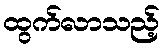
ထွက်လာသည့်